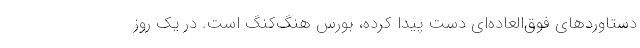
دستاوردهای فوق‌العاده‌ای دست پیدا کرده، بورس هنگ‌کنگ است. در یک روز